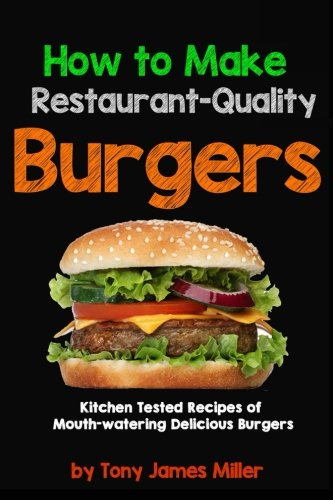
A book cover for How To Cook Restaurant-Quality Burgers; Tony James Miller Mr.; Cookbooks, Food & Wine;